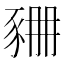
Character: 𧱆